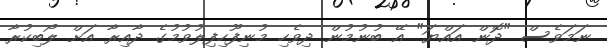
ނަމަވެސް "ދޮން އައްޔަ" އޭ ބުނުމުން ދިވެހި މުނިފޫހިފިލުވުމުގެ ދާއިރާ އަށް ލޯބިކުރާ